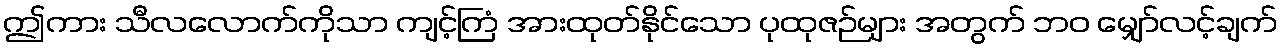
ဤကား သီလလောက်ကိုသာ ကျင့်ကြံ အားထုတ်နိုင်သော ပုထုဇဉ်များ အတွက် ဘဝ မျှော်လင့်ချက်